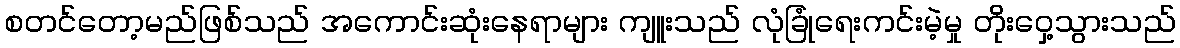
စတင်တော့မည်ဖြစ်သည် အကောင်းဆုံးနေရာများ ကျူးသည် လုံခြုံရေးကင်းမဲ့မှု တိုးဝှေ့သွားသည်